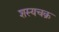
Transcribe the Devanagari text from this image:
शस्यचक्र